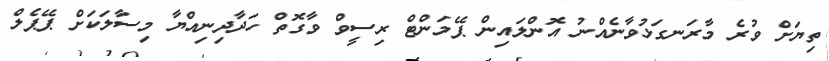
ތިޔަށް ވުރެ މާރަނގަޅުވާނެއްނު އޮންލައިން ޕޭމަންޓް ރިސީވް ވާގޮތް ހަދާދިނިއްޔާ މިސާލަކަށް ޕޭޕެލް